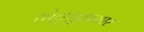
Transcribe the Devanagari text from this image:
तोटुपुऴयार